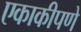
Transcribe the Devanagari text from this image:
एकाकीपणे